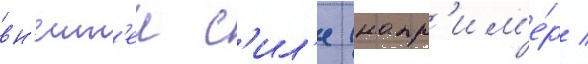
вн'ешн'еи с'ил'е (напр'им'е́р /